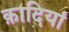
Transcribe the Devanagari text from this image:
क़ादियां